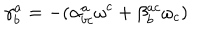
\mathbf { \gamma } _ { b } ^ { a } = - ( \alpha _ { b c } ^ { a } \mathbf { \omega } ^ { c } + \beta _ { b } ^ { a c } \mathbf { \omega } _ { c } )